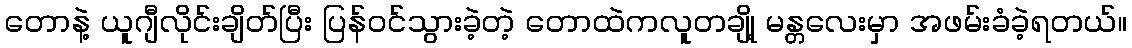
တောနဲ့ ယူဂျီလိုင်းချိတ်ပြီး ပြန်ဝင်သွားခဲ့တဲ့ တောထဲကလူတချို့ မန္တလေးမှာ အဖမ်းခံခဲ့ရတယ်။